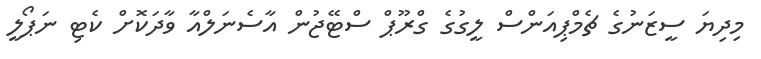
މިދިޔަ ސީޒަނުގެ ޗެމްޕިއަންސް ލީގުގެ ގްރޫޕް ސްޓޭޖުން އާސެނަލްއާ ވާދަކޮށް ކެޓި ނަޕޯލީ